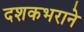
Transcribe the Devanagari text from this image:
दशकभराने